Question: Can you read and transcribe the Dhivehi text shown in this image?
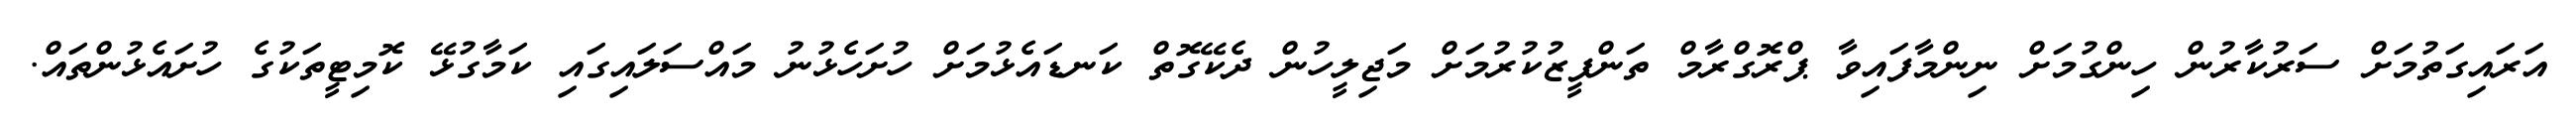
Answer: އަރައިގަތުމަށް ސަރުކާރުން ހިންގުމަށް ނިންމާފައިވާ ޕްރޮގްރާމް ތަންފީޒުކުރުމަށް މަޖިލީހުން ދެކޭގޮތް ކަނޑައެޅުމަށް ހުށަހެޅުނު މައްސަލައިގައި ކަމާގުޅޭ ކޮމިޓީތަކުގެ ހުށައެޅުންތައް.